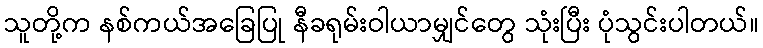
သူတို့က နစ်ကယ်အခြေပြု နီခရုမ်းဝါယာမျှင်တွေ သုံးပြီး ပုံသွင်းပါတယ်။